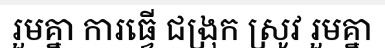
រួមគ្នា ការធ្វើ ជង្រុក ស្រូវ រួមគ្នា